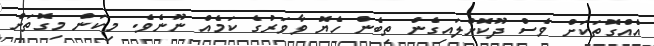
އެއްގޮތަަކަށް ވެސް ދޫކޮށްލައިގެން ތިބެން ހެޔޮ ވާވަރުގެ ކަމެއް ނޫނެވެ. މިކަން މިގޮތަށް